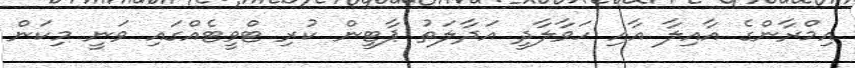
އިމްރާންގެ އާއިލާ އާއި ހަވާލާދީ އަދާލަތު ޕާޓީން ކުރި ޓްވީޓެއްގައި ވަނީ މިކަން